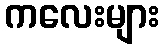
ကလေးများ